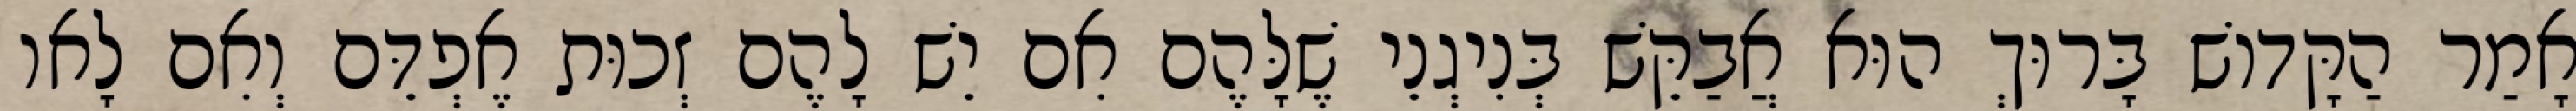
אָמַר הַקָּדוֹשׁ בָּרוּךְ הוּא אֲבַקֵּשׁ בְּנִיגְנֵי שֶׁלָּהֶם אִם יֵשׁ לָהֶם זְכוּת אֶפְדֵּם וְאִם לָאו